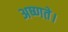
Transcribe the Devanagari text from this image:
अष्णते।